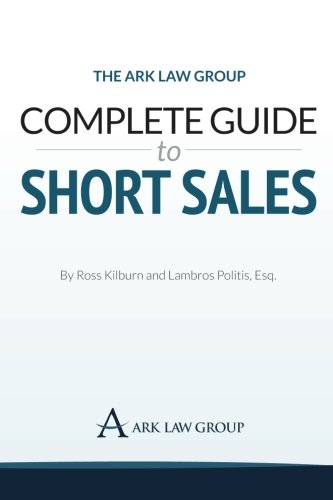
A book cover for The Ark Law Group Complete Guide to Short Sales; Ross Kilburn; Business & Money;